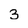
Character: 3